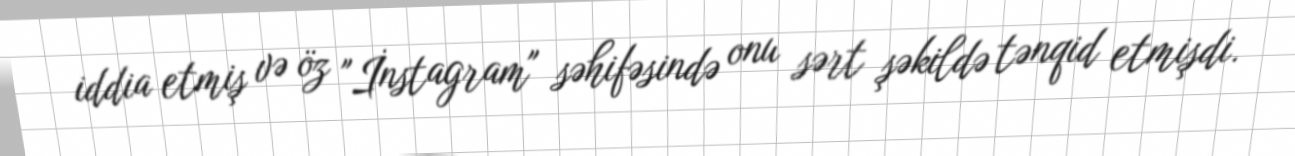
iddia etmiş və öz "İnstagram" səhifəsində onu sərt şəkildə tənqid etmişdi.